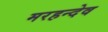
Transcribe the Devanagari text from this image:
मरहन्देव